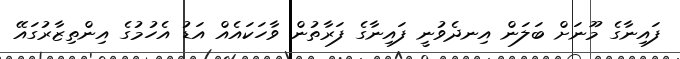
ފައިނާގެ މޫނަށް ބަލަން އިނދެވުނީ ފައިނާގެ ފަރާތުން ވާހަކައެއް އަޑު އެހުމުގެ އިންތިޒާރުގައޭ